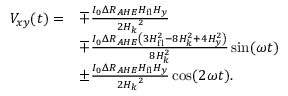
\begin{array} { r l } { V _ { x y } ( t ) = } & { \mp \frac { I _ { 0 } \Delta R _ { A H E } H _ { \mathrm { f l } } H _ { y } } { 2 { H _ { k } } ^ { 2 } } } \\ & { \mp \frac { I _ { 0 } \Delta R _ { A H E } \left( 3 H _ { \mathrm { f l } } ^ { 2 } - 8 H _ { k } ^ { 2 } + 4 H _ { y } ^ { 2 } \right) } { 8 H _ { k } ^ { 2 } } \sin ( \omega t ) } \\ & { \pm \frac { I _ { 0 } \Delta R _ { A H E } H _ { \mathrm { f l } } H _ { y } } { 2 { H _ { k } } ^ { 2 } } \cos ( 2 \omega t ) . } \end{array}